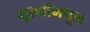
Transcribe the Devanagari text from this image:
मूल्‍यांमधून